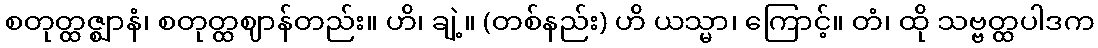
စတုတ္ထဇ္ဈာနံ၊ စတုတ္ထဈာန်တည်း။ ဟိ၊ ချဲ့။ (တစ်နည်း) ဟိ ယသ္မာ၊ ကြောင့်။ တံ၊ ထို သဗ္ဗတ္ထပါဒက